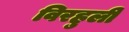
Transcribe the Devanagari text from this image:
विरहुली